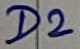
Text: D2